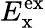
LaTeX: E_{\mathrm{x}}^{\mathrm{ex}}